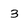
Character: 3